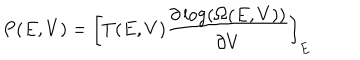
P ( E , V ) = \left[ T ( E , V ) \frac { \partial \log ( \Omega ( E , V ) ) } { \partial V } \right] _ { E }